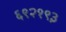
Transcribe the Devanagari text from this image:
६९२१९३